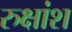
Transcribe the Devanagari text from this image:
रुक्षांश